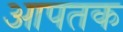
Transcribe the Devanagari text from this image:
आपतक